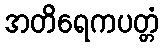
အတိရေကပတ္တံ